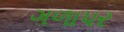
ગળાપર